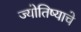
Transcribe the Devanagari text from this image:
ज्योतिष्याचे